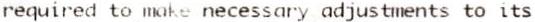
REQUIRED TO MAKE NECESSARY ADJUSTMENTS TO ITS